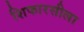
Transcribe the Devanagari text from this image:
शिफारसीला